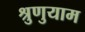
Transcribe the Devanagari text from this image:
श्रुणुयाम